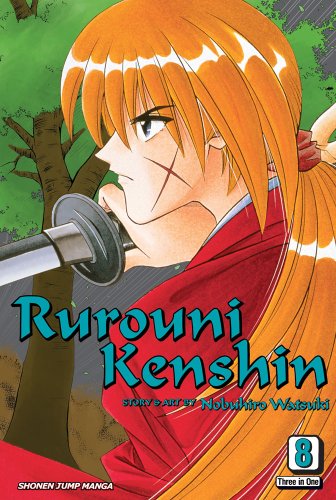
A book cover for Rurouni Kenshin, Vol. 8, Vizbig  Edition; Nobuhiro Watsuki; Comics & Graphic Novels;